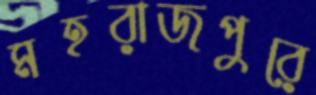
মহরাজপুরে